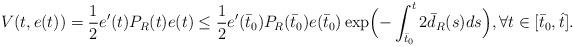
LaTeX: \begin{align*}V(t,e(t))=\frac{1}{2}e'(t)P_R(t)e(t)\leq \frac{1}{2}e'(\bar{t}_0)P_{R}(\bar{t}_0)e(\bar{t}_0)\exp\Bigl(-\int_{\bar{t}_0}^{t}2\bar{d}_R(s)ds\Bigr), \forall t\in[\bar{t}_0,\hat{t}].\end{align*}